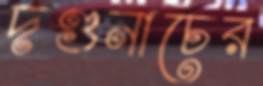
দণ্ডনাচের